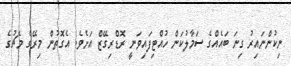
ނިކުންނައިރު ގިނަ ބައެއްގެ ސަމާލުކަން ހުއްޓިފައިވަނީ ރޮޑްރިގޭޒް އަށެވެ. އެގޮތުން މިރޭގެ މެޗުގެ